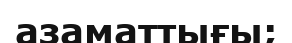
азаматтығы;